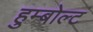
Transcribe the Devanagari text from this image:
हुम्बोल्ट